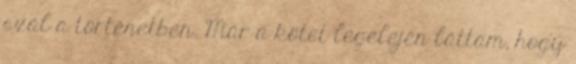
szál a történetben. Már a kötet legelején láttam, hogy